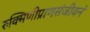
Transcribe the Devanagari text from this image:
रुक्मिणीप्राणसंजीवनं